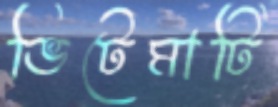
ভিটেমাটি